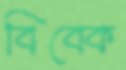
বিবেক